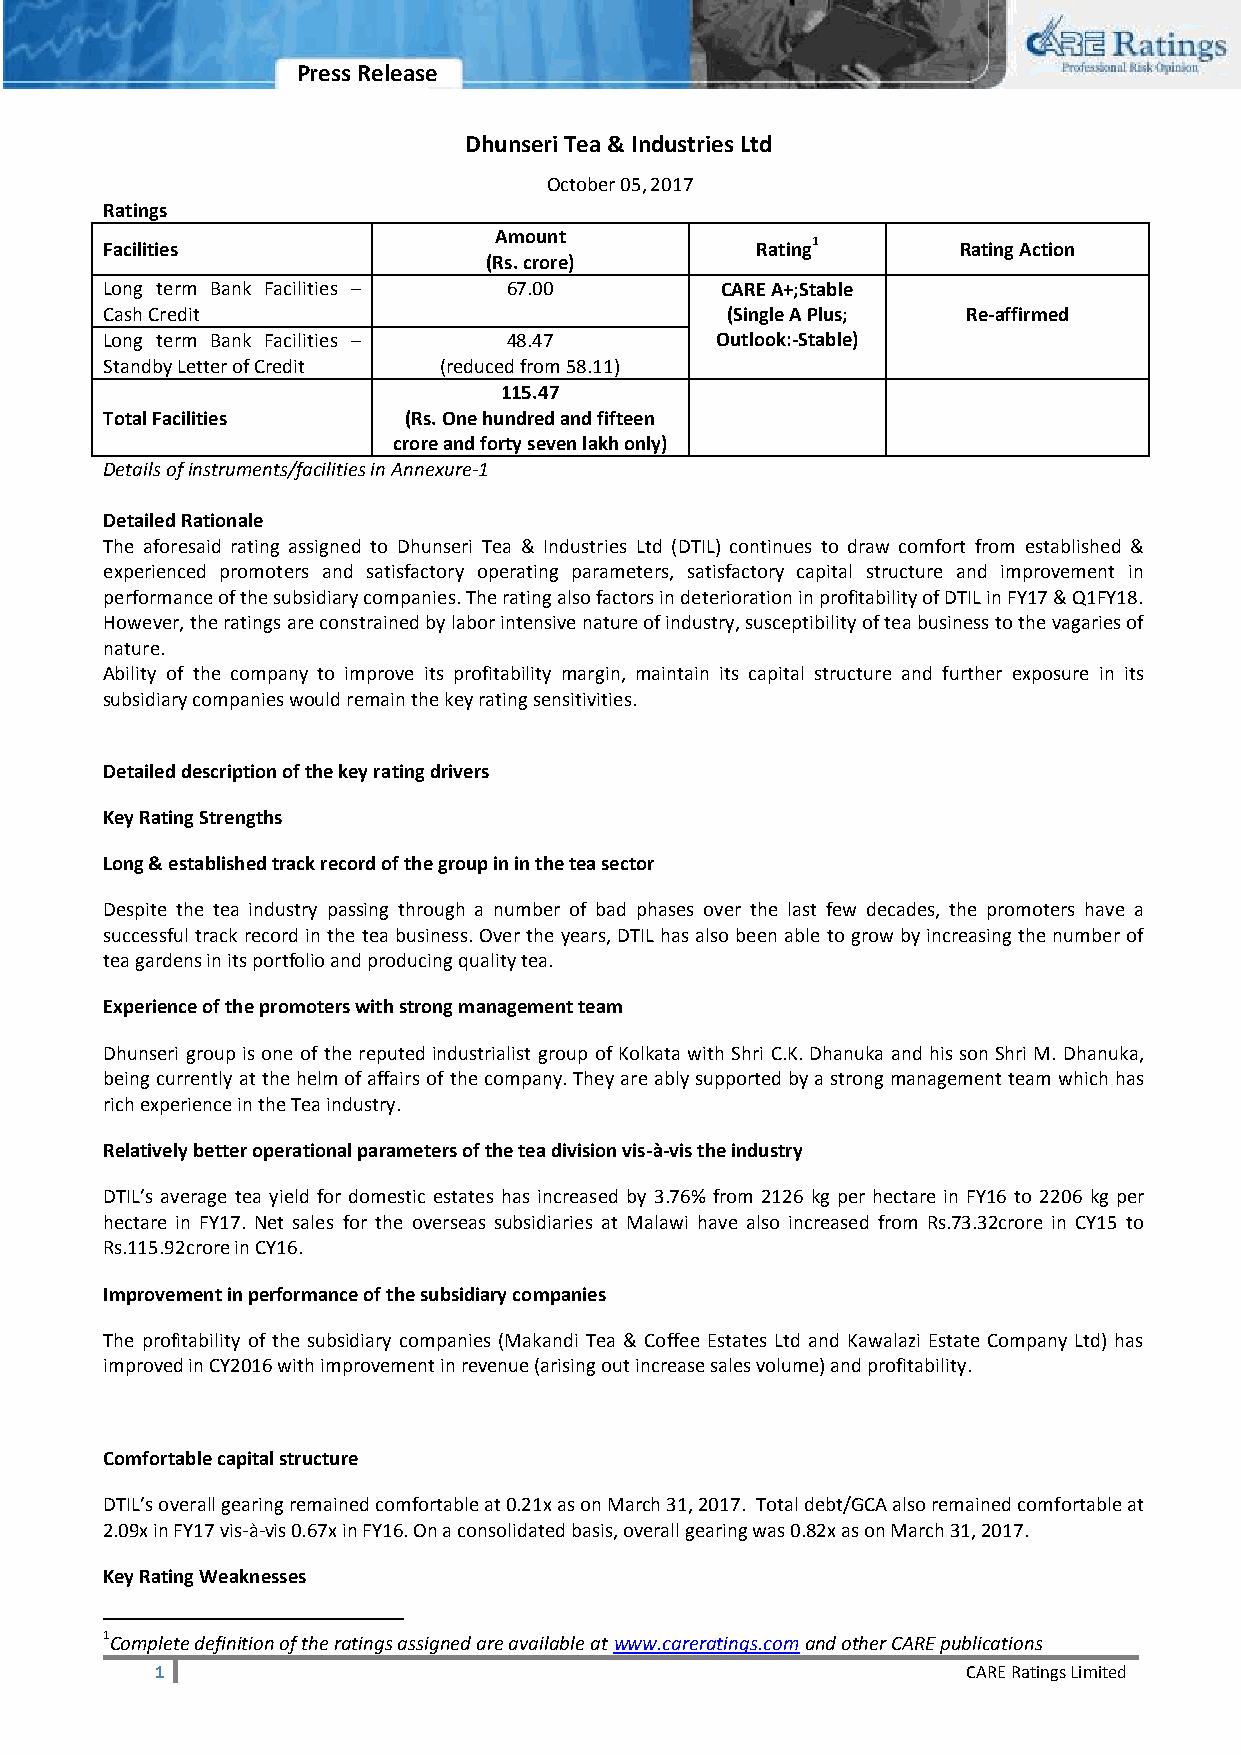
Press Release
 Dhunseri Tea & Industries Ltd
 October 05, 2017
 Ratings
 Amount
 Facilities                                 Rating1      Rating Action
 (Rs. crore)
 Long term Bank Facilities – 67.00        CARE A+;Stable
 Cash Credit                              (Single A Plus; Re-affirmed
 Long term Bank Facilities – 48.47       Outlook:-Stable)
 Standby Letter of Credit (reduced from 58.11)
 115.47
 Total Facilities    (Rs. One hundred and fifteen
 crore and forty seven lakh only)
 Details of instruments/facilities in Annexure-1
 Detailed Rationale
 The aforesaid rating assigned to Dhunseri Tea & Industries Ltd (DTIL) continues to draw comfort from established &
 experienced promoters and satisfactory operating parameters, satisfactory capital structure and improvement in
 performance of the subsidiary companies. The rating also factors in deterioration in profitability of DTIL in FY17 & Q1FY18.
 However, the ratings are constrained by labor intensive nature of industry, susceptibility of tea business to the vagaries of
 nature.
 Ability of the company to improve its profitability margin, maintain its capital structure and further exposure in its
 subsidiary companies would remain the key rating sensitivities.
 Detailed description of the key rating drivers
 Key Rating Strengths
 Long & established track record of the group in in the tea sector
 Despite the tea industry passing through a number of bad phases over the last few decades, the promoters have a
 successful track record in the tea business. Over the years, DTIL has also been able to grow by increasing the number of
 tea gardens in its portfolio and producing quality tea.
 Experience of the promoters with strong management team
 Dhunseri group is one of the reputed industrialist group of Kolkata with Shri C.K. Dhanuka and his son Shri M. Dhanuka,
 being currently at the helm of affairs of the company. They are ably supported by a strong management team which has
 rich experience in the Tea industry.
 Relatively better operational parameters of the tea division vis-à-vis the industry
 DTIL’s average tea yield for domestic estates has increased by 3.76% from 2126 kg per hectare in FY16 to 2206 kg per
 hectare in FY17. Net sales for the overseas subsidiaries at Malawi have also increased from Rs.73.32crore in CY15 to
 Rs.115.92crore in CY16.
 Improvement in performance of the subsidiary companies
 The profitability of the subsidiary companies (Makandi Tea & Coffee Estates Ltd and Kawalazi Estate Company Ltd) has
 improved in CY2016 with improvement in revenue (arising out increase sales volume) and profitability.
 Comfortable capital structure
 DTIL’s overall gearing remained comfortable at 0.21x as on March 31, 2017. Total debt/GCA also remained comfortable at
 2.09x in FY17 vis-à-vis 0.67x in FY16. On a consolidated basis, overall gearing was 0.82x as on March 31, 2017.
 Key Rating Weaknesses
 1Complete definition of the ratings assigned are available at www.careratings.com and other CARE publications
 1                                                     CARE Ratings Limited